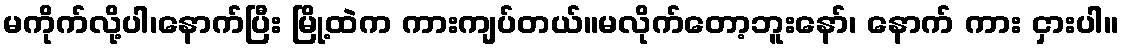
မကိုက်လို့ပါ၊နောက်ပြီး မြို့ထဲက ကားကျပ်တယ်။မလိုက်တော့ဘူးနော်၊ နောက် ကား ငှားပါ။